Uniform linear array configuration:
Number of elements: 32
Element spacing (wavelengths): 0.75
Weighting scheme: binomial
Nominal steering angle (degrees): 45
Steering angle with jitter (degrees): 43.392
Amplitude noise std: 0.05
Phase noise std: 0.05

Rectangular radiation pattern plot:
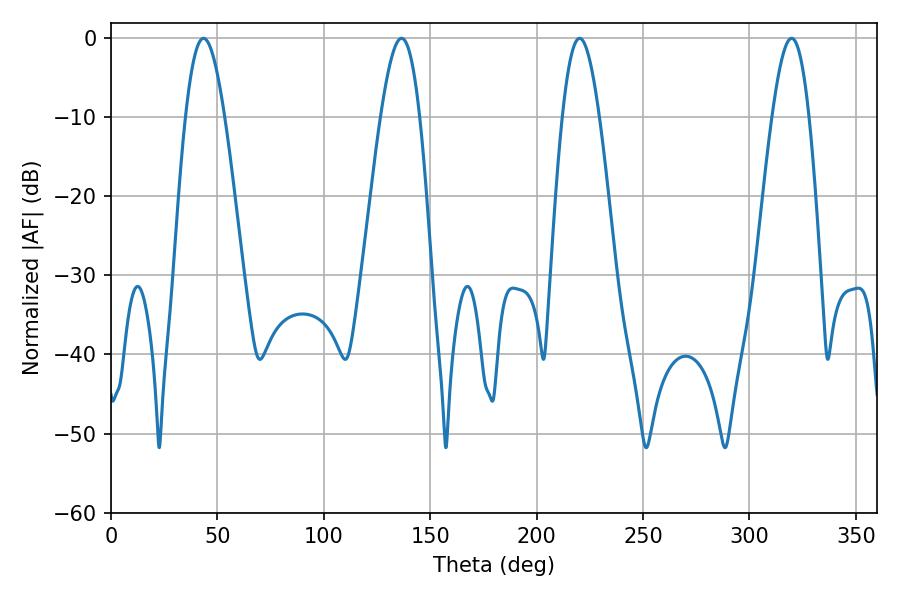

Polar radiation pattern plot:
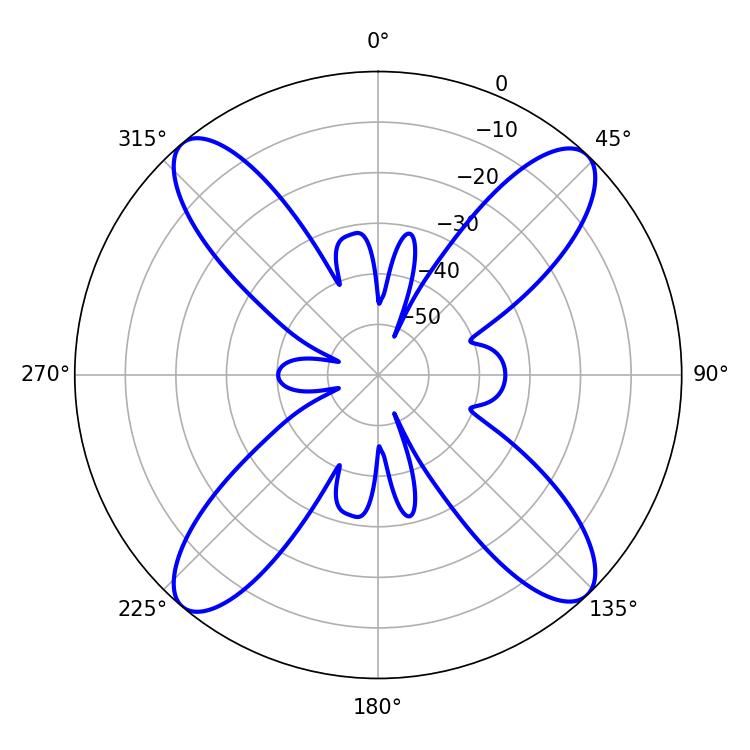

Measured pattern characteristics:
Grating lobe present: TRUE
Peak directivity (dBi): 18.353
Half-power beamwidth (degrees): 9.36
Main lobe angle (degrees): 220.14